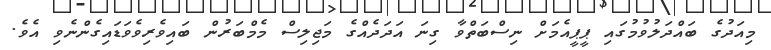
މިއަދުގެ ބައްދަލުވުމުގައި ޕީޕީއެމަށް ނިސްބަތްވާ ގިނަ އަދަދެއްގެ މަޖިލިސް މެމްބަރުން ބައިވެރިވެވަޑައިގެންނެވި އެވެ.